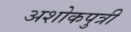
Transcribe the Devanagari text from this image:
अशोकपुत्री